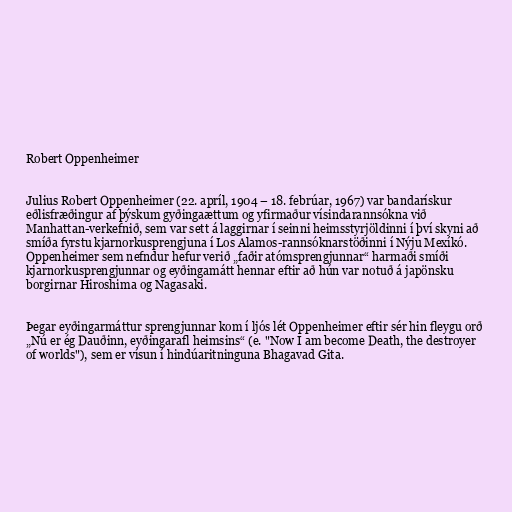
Robert Oppenheimer

Julius Robert Oppenheimer (22. apríl, 1904 – 18. febrúar, 1967) var bandarískur
eðlisfræðingur af þýskum gyðingaættum og yfirmaður vísindarannsókna við
Manhattan-verkefnið, sem var sett á laggirnar í seinni heimsstyrjöldinni í því skyni að
smíða fyrstu kjarnorkusprengjuna í Los Alamos-rannsóknarstöðinni í Nýju Mexíkó.
Oppenheimer sem nefndur hefur verið „faðir atómsprengjunnar“ harmaði smíði
kjarnorkusprengjunnar og eyðingamátt hennar eftir að hún var notuð á japönsku
borgirnar Hiroshima og Nagasaki.

Þegar eyðingarmáttur sprengjunnar kom í ljós lét Oppenheimer eftir sér hin fleygu orð
„Nú er ég Dauð­inn, eyð­ing­ar­afl heims­ins“ (e. "Now I am become Death, the destroyer
of worlds"), sem er vísun í hindúaritninguna Bhagavad Gita.